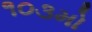
૧૦૩મો